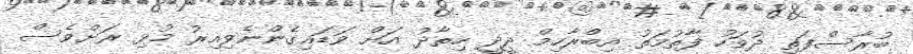
ބުރާސްފަތި ދުވަހު ފާތުމަތު އިބްރާހިމް ދީދީ ހިތާދު އަށް ވަޑައިގެންނެވިއިރު މުޅި ރަށްވެސް